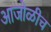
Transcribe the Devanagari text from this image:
आजोळीच